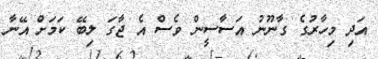
އަދި މިހާރުގެ ގާނޫނު އަސާސީން ވެސް އެ ޖާގަ ލިބޭ ކަމަށް އޭނާ